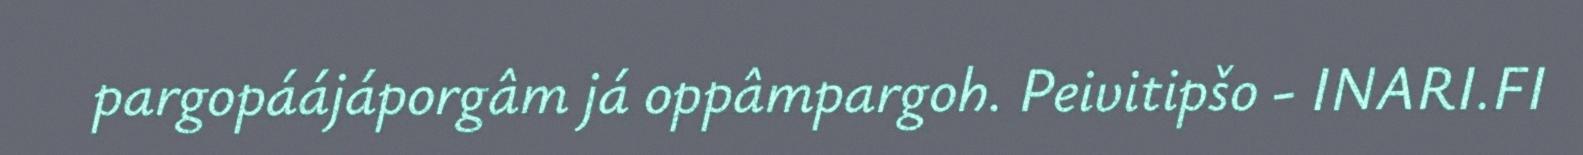
pargopáájáporgâm já oppâmpargoh. Peivitipšo - INARI.FI